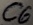
Text: C6